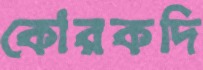
কোরকদি